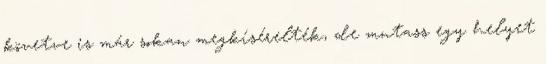
követve is már sokan megkísérelték, de mutass egy helyet